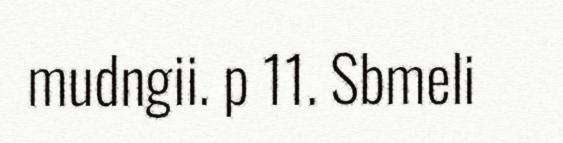
mudngii. p 11. Sbmeli